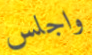
واجلس